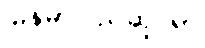
မြန်မာပြည်ဆိုင်ရာ